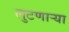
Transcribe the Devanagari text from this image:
लुटणाऱ्या